Vaccination in Burma 1900-1911 - 1900-1911
Year: 1900
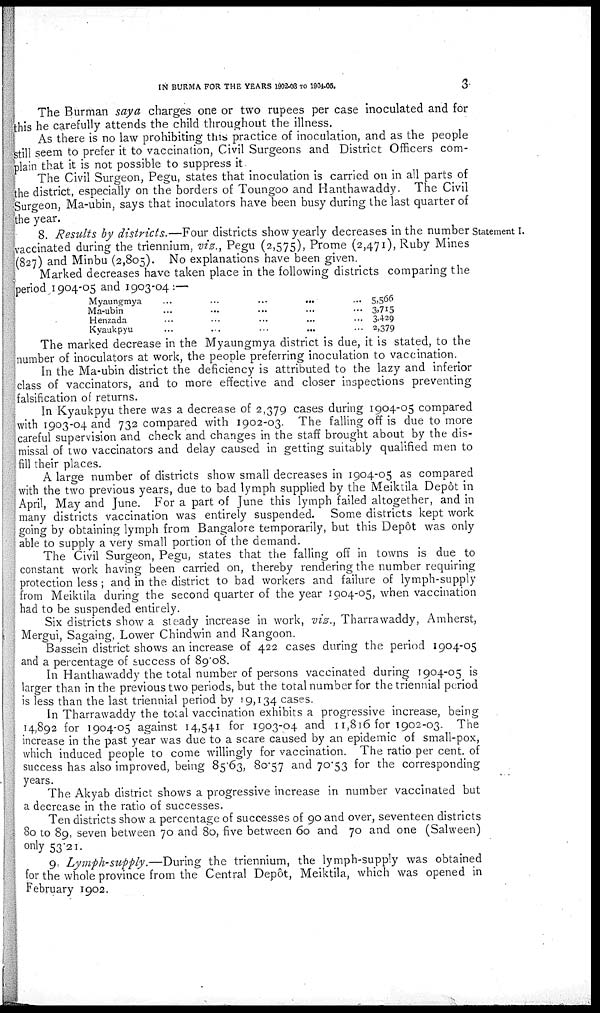
IN BURMA FOR THE YEARS 1902-03 to 1904-05.
3
The Burman saya charges one or two rupees per case inoculated and for
this he carefully attends the child throughout the illness.
As there is no law prohibiting this practice of inoculation, and as the people
still seem to prefer it to vaccination, Civil Surgeons and District Officers com-
plain that it is not possible to suppress it.
The Civil Surgeon, Pegu, states that inoculation is carried on in all parts of
the district, especially on the borders of Toungoo and Hanthawaddy. The Civil
Surgeon, Ma-ubin, says that inoculators have been busy during the last quarter of
the year.
Statement I.
8. Results by districts.—Four
districts show yearly decreases in the number
vaccinated during the triennium, viz., Pegu (2,575), Prome (2,471), Ruby Mines
(827) and Minbu (2,805). No explanations have been given.
Marked decreases have taken place in the following districts comparing the
period 1904-05 and 1903-04:—
Myaungmya
...
...
...
Ma-ubin... ... ...
Henzada... ... ...
Kvaukpyu...
...
...
5,566
3,715
3,429
2,379
The marked decrease in the Myaungmya district is due, it is stated, to the
number of inoculators at work, the people preferring inoculation to vaccination.
In the Ma-ubin district the deficiency is attributed to the lazy and inferior
class of vaccinators, and to more effective and closer inspections preventing
falsification of returns.
In Kyaukpyu there was a decrease of 2,379 cases during 1904-05 compared
with 1903-04 and 732 compared with 1902-03. The falling off is due to more
careful supervision and check and changes in the staff brought about by the dis-
missal of two vaccinators and delay caused in getting suitably qualified men to
fill their places.
A large number of districts show small decreases in 1904-05 as compared
with the two previous years, due to bad lymph supplied by the Meiktila Depôt in
April, May and June. For a part of June this lymph failed altogether, and in
many districts vaccination was entirely suspended. Some districts kept work
going by obtaining lymph from Bangalore temporarily, but this Depôt was only
able to supply a very small portion of the demand.
The Civil Surgeon, Pegu, states that the falling off in towns is due to
constant work having been carried on, thereby rendering the number requiring
protection less; and in the district to bad workers and failure of lymph-supply
from Meiktila during the second quarter of the year 1904-05, when vaccination
had to be suspended entirely.
Six districts show a steady increase in work, viz., Tharrawaddy, Amherst,
Mergui, Sagaing, Lower Chindwin and Rangoon.
Bassein district shows an increase of 422 cases during the period 1904-05
and a percentage of success of 89.08.
In Hanthawaddy the total number of persons vaccinated during 1904-05 is
larger than in the previous two periods, but the total number for the triennial period
is less than the last triennial period by 19,134 cases.
In Tharrawaddy the total vaccination exhibits a progressive increase, being
14,892 for 1904-05 against 14,541 for 1903-04 and 11,816 for 1902-03. The
increase in the past year was due to a scare caused by an epidemic of small-pox,
which induced people to come willingly for vaccination. The ratio per cent. of
success has also improved, being 85.63, 80.57 and 70.53 for the corresponding
years.
The Akyab district shows a progressive increase in number vaccinated but
a decrease in the ratio of successes.
Ten districts show a percentage of successes of 90 and over, seventeen districts
80 to 89, seven between 70 and 80, five between 60 and 70 and one (Salween)
only 53.21.
9. Lymph-supply.—During
the triennium, the lymph-supply was obtained
for the whole province from the Central Depôt, Meiktila, which was opened in
February 1902.